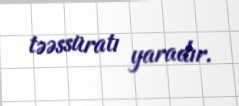
təəssüratı yaradır.